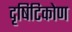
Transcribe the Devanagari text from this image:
दृषिटिकोण